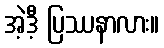
အဲ့ဒီ့ ပြဿနာလား။